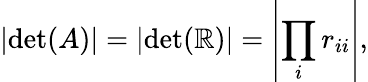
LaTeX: \left|\operatorname*{det}(A)\right|=\left|\operatorname*{det}(\mathbb{R})\right|=\left|\prod_{i}r_{ii}\right|,